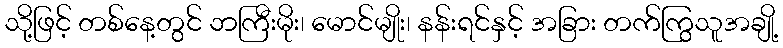
သို့ဖြင့် တစ်နေ့တွင် ဘကြီးမိုး၊ မောင်မျိုး၊ နန်းရင်နှင့် အခြား တက်ကြွသူအချို့